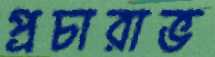
প্রচারাভ